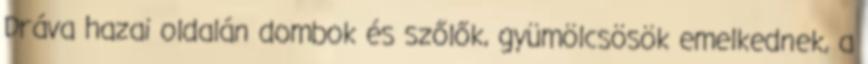
Dráva hazai oldalán dombok és szőlők, gyümölcsösök emelkednek, a